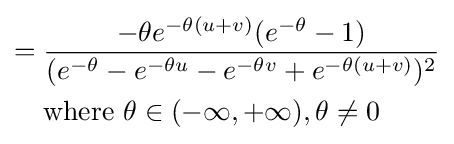
{\begin{aligned}={}&{\frac {-\theta e^{-\theta (u+v)}(e^{-\theta }-1)}{(e^{-\theta }-e^{-\theta u}-e^{-\theta v}+e^{-\theta (u+v)})^{2}}}\\&{\text{where }}\theta \in (-\infty ,+\infty ),\theta \neq 0\end{aligned}}